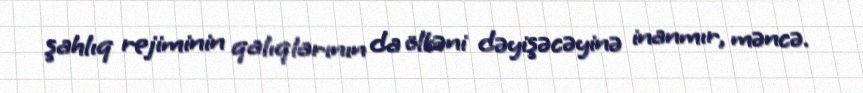
şahlıq rejiminin qalıqlarının da ölkəni dəyişəcəyinə inanmır, məncə.